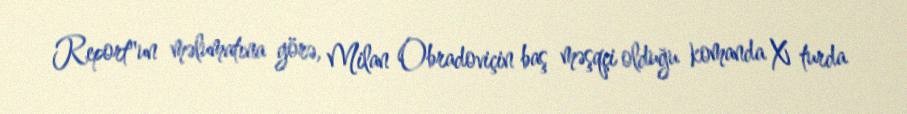
Report"un məlumatına görə, Milan Obradoviçin baş məşqçi olduğu komanda X turda